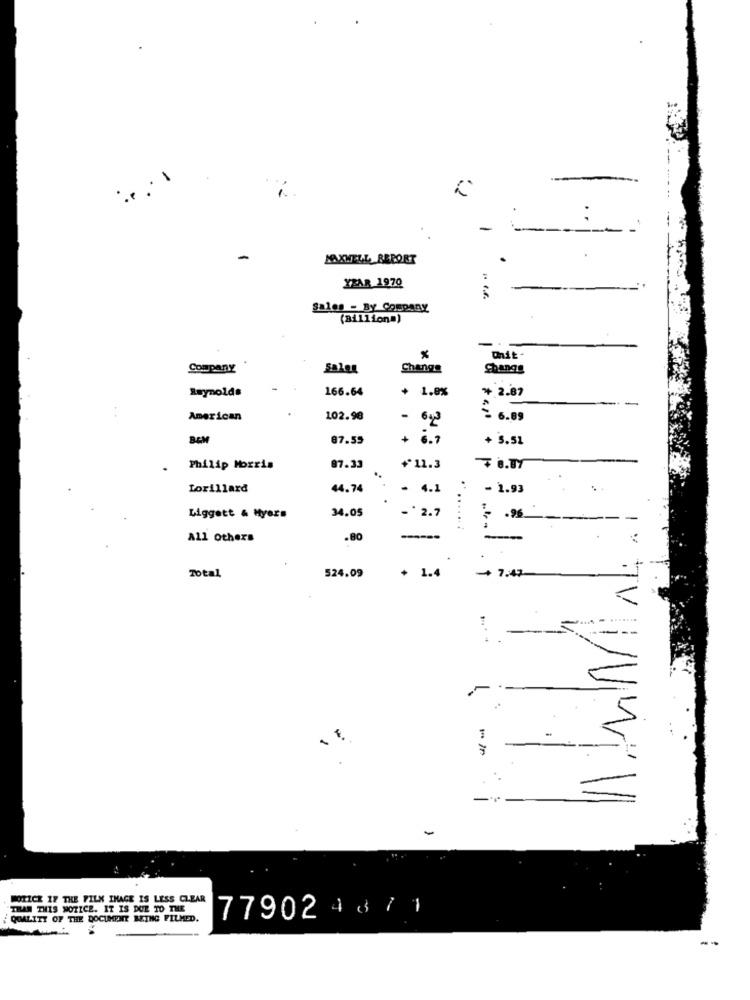
MAXWELL REPORT
YEAR 1970
-
Sales - By Company
(Billiona)
-
Company
Sales
Change
Change
Reynolds
166.64
+ 1.8%
* 2.87
-
American
102.98
~ 6.89
- 612
BEM
87.55
+ 6.7
+ 5.51
Philip Morris
87.33
+11.3
7 8.87
Lorillard
44.74
- 4.1
- 1.93
34.05
Liggett & Myers
-* 2.7
......
All Others
.80
--
Total
524.09
+ 1.4
+ 7:47
In
-
NOTICE IF THE FILX IMAGE IS LESS CLEAR
THAN THIS NOTICE. IT IS DUE TO THE
QUALITY OF THE DOCUMENT BEING FILMED.
779024671